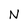
Character: N